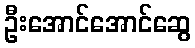
ဦးအောင်အောင်ဆွေ